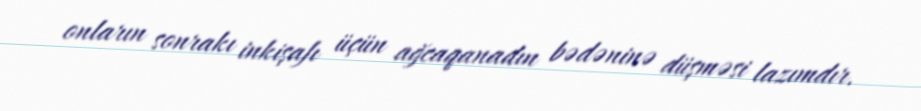
onların sonrakı inkişafı üçün ağcaqanadın bədəninə düşməsi lazımdır.